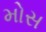
મોસ